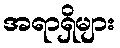
အရာရှိများ